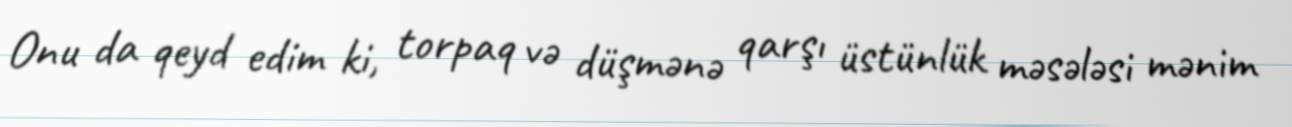
Onu da qeyd edim ki, torpaq və düşmənə qarşı üstünlük məsələsi mənim